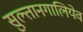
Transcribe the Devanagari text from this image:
सुल्तानगालियेव